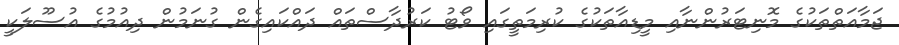
ޖަމާއަތްތަކުގެ މޮނިޓަރުންނާއި މީޑިއާތަކުގެ ކުރިމަތީގައި ވޯޓު ކަރުދާސްތައް ދައްކައިގެން ގުނަމުން ދިއުމުގެ އުސޫލަކީ